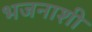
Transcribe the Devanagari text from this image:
भजनाशी